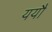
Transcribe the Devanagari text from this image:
ययौ